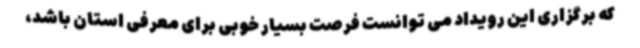
که برگزاری این رویداد می توانست فرصت بسیار خوبی برای معرفی استان باشد،